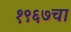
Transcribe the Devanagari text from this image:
१९६७चा